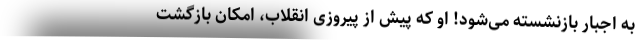
به اجبار بازنشسته می‌شود! او که پیش از پیروزی انقلاب، امکان بازگشت